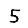
Digit: 5